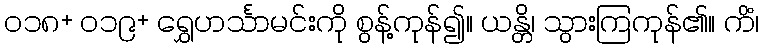
၀၁၈+ ၀၁၉+ ရွှေဟင်္သာမင်းကို စွန့်ကုန်၍။ ယန္တိ၊ သွားကြကုန်၏။ ကိံ၊